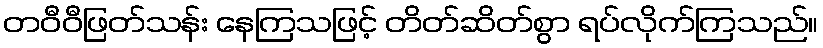
တဝီဝီဖြတ်သန်း နေကြသဖြင့် တိတ်ဆိတ်စွာ ရပ်လိုက်ကြသည်။